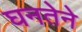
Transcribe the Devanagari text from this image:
घनतेने